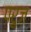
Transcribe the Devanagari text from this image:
परुज़